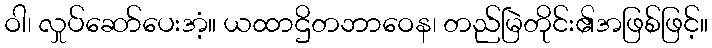
ဝါ၊ လှုပ်ဆော်ပေးအံ့။ ယထာဌိတဘာဝေန၊ တည်မြဲတိုင်း၏အဖြစ်ဖြင့်။